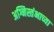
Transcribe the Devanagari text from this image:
अग्निस्तंभाच्या